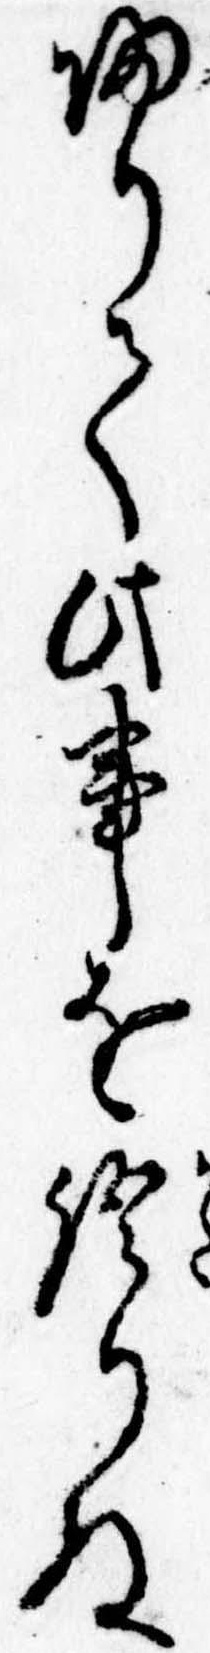
帰りて此事を語りぬ